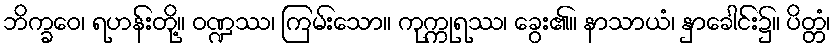
ဘိက္ခဝေ၊ ရဟန်းတို့။ ဝဏ္ဍဿ၊ ကြမ်းသော။ ကုက္ကုရဿ၊ ခွေး၏။ နာသာယံ၊ နှာခေါင်း၌။ ပိတ္တံ၊